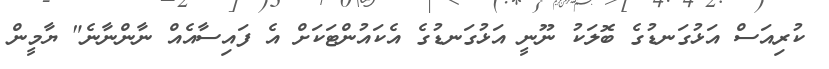
ކުރިއަސް އަޅުގަނޑުގެ ބޮލަކު ނޫނީ އަޅުގަނޑުގެ އެކައުންޓަކަށް އެ ފައިސާއެއް ނާންނާނެ" ޔާމީން